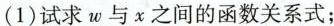
(1)试求w与χ之间的函数关系式；